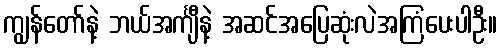
ကျွန်တော်နဲ့ ဘယ်အင်္ကျီနဲ့ အဆင်အပြေဆုံးလဲအကြံပေးပါဦး။